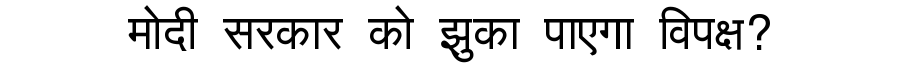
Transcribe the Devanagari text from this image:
मोदी सरकार को झुका पाएगा विपक्ष?